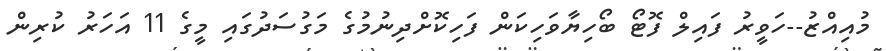
މުއިއްޒު--ހަވީރު ފައިލް ފޮޓޯ ބޯހިޔާވަހިކަން ފަހިކޮށްދިނުމުގެ މަގުސަދުގައި މީގެ 11 އަހަރު ކުރިން